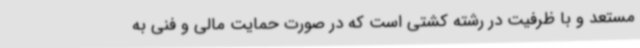
مستعد و با ظرفیت در رشته کشتی است که در صورت حمایت مالی و فنی به